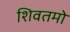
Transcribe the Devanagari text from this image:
शिवतमो